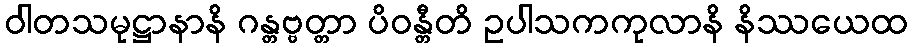
ဝါတသမုဋ္ဌာနာနိ ဂန္တဗ္ဗတ္တာ ပိဝန္တီတိ ဥပါသကကုလာနိ နိဿယေထ